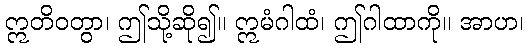
ဣတိဝတွာ၊ ဤသို့ဆို၍။ ဣမံဂါထံ၊ ဤဂါထာကို။ အာဟ၊